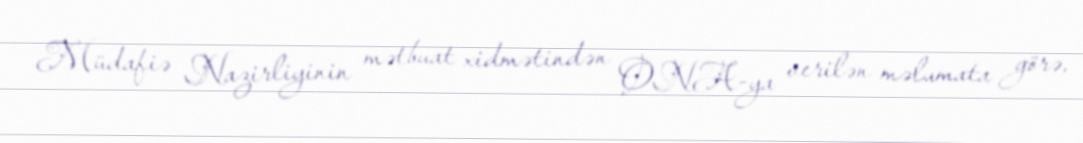
Müdafiə Nazirliyinin mətbuat xidmətindən ONA-ya verilən məlumata görə,